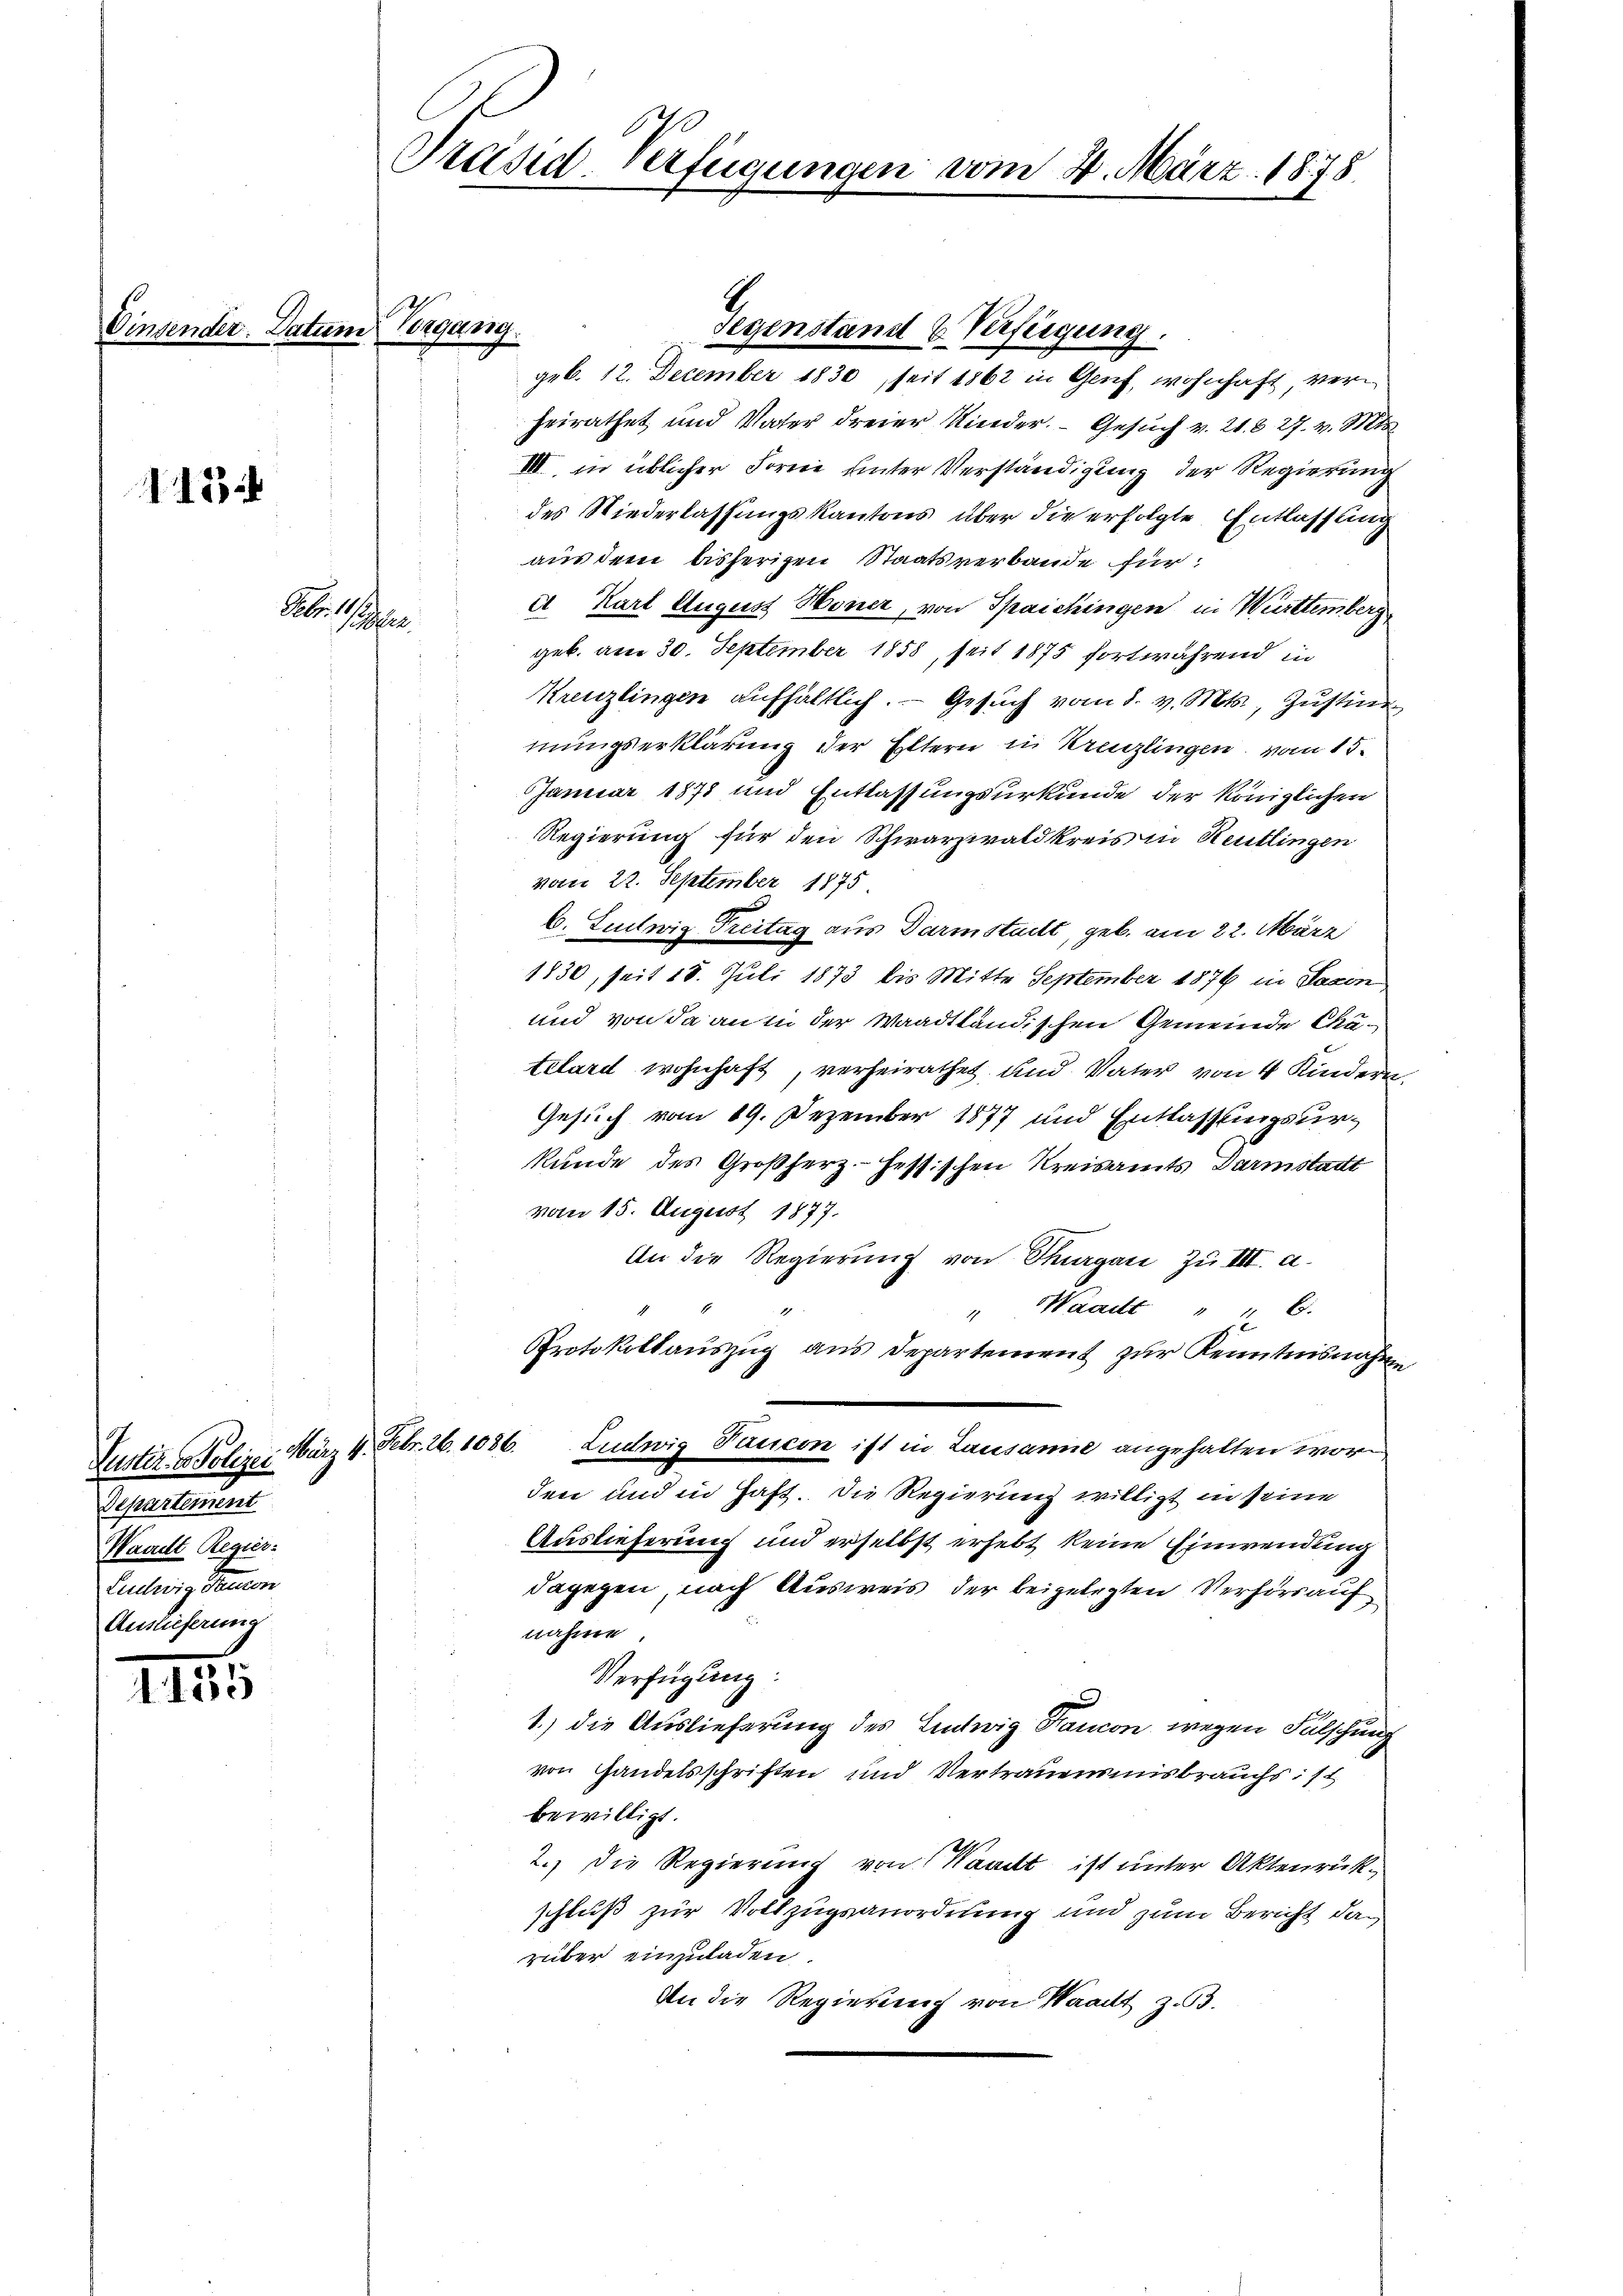
112

1135

Vinsender. Datum Vergang.

Febr. 111
Sittel

Departement
Waadt Regier
Ludwig Francon
Auslieferung

Präsid-Verfügungen vom 4. März 1878.

geb. 12. December 1830, seit 1862 in Genf, wohnhaft, verheirathet und Vater dreier Kinder. Gesuch v. 21. 827. v. Mts.
III. in üblicher Forme unter Verständigung der Regierung
des Niederlassungskantons über die erfolgte Entlassung
aus dem bisherigen Staatsverbande für
et Karl August Honer, von Spaichingen in Württemberg
geb. am 30. September 1858, seit 1875 fortwährend in
Kreuzlingen aufhältlich. Gesŭch vom 8. v. Mts. Zŭstim
mungserklärung der Eltern in Kreuzlingen vom 15.
Januar 1878 und Entlassungsurkunde der Königlichen
Regierung für den Schwarzwaldkreis in Reutlingen
vom 22. September 1875
b. Ludwig Freitag aus Darmstadtt, geb. am 22. März
1830, seit 18. Juli 1873 bis Mitte September 1876 in Saxon
und von da an in der Waadtländischen Gemeinde Autelard wohnhaft, verheirathet und Vater von 4 Kindern.
Gesuch vom 19. Dezember 1877 und Entlassungsurkunde des Großherz. Hessischen Kreisamts Darmstadt
vom 15. August 1877.
An die Regierung von Thurgau zu III. a.
Waadt " " 6.
1
Protokollauszug aus Departement zur Kenntnisnahme
Justiz- & Polizei März 4. Febr. 26. 1086. Ludwig Taucon ist in Lausanne angehalten worden und in Haft. Die Regierung willigt in seine
Auslieferung und erselbst erhebt keine Einwendung
dagegen, nach Ausweis der beigelegten Verhörs auf
nahme.
Verfügung:
1.) die Auslieferung des Entwig Fancon wegen Fälschung
von Handelsschriften und Vertrauensmisbrauchs: 11
bewilligt.
2.) Die Regierung von Waadt ist unter Aktenrückschluß zur Vollzugsanordnung und zum Bericht da
rüber einzuladen.
An die Regierung von Waadt zu 3.

Gegenstand u. Verfügung.